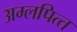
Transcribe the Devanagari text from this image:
अम्‍लपित्‍त